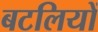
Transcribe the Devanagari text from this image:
बटलियों